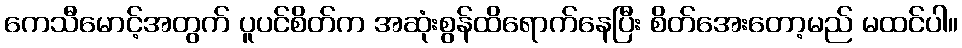
ကေသီမောင့်အတွက် ပူပင်စိတ်က အဆုံးစွန်ထိရောက်နေပြီး စိတ်အေးတော့မည် မထင်ပါ။